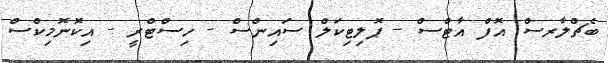
ބެޗްލާރސް އޮފް އާޓްސް - ޕޮލިޓިކަލް ސައިންސް - ހިސްޓްރީ - އިކޮނޮމިކްސް